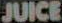
JUICE